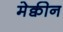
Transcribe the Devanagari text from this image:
मेक्वीन